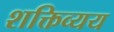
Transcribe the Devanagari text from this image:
शक्तिव्यय